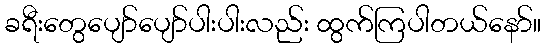
ခရီးတွေပျော်ပျော်ပါးပါးလည်း ထွက်ကြပါတယ်နော်။